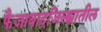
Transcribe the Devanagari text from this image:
फैजाबादजिल्ह्यातील